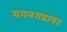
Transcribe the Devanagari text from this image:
गगनगडावर